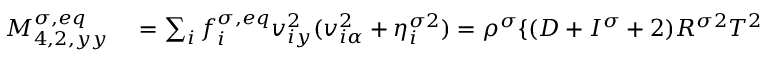
\begin{array} { r } { \begin{array} { r l } { M _ { 4 , 2 , y y } ^ { \sigma , e q } } & { { } = \sum _ { i } f _ { i } ^ { \sigma , e q } v _ { i y } ^ { 2 } ( v _ { i \alpha } ^ { 2 } + \eta _ { i } ^ { \sigma 2 } ) = \rho ^ { \sigma } \{ ( D + I ^ { \sigma } + 2 ) R ^ { \sigma 2 } T ^ { 2 } } \end{array} } \end{array}